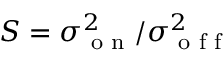
S = \sigma _ { \textrm { o n } } ^ { 2 } / \sigma _ { \textrm { o f f } } ^ { 2 }